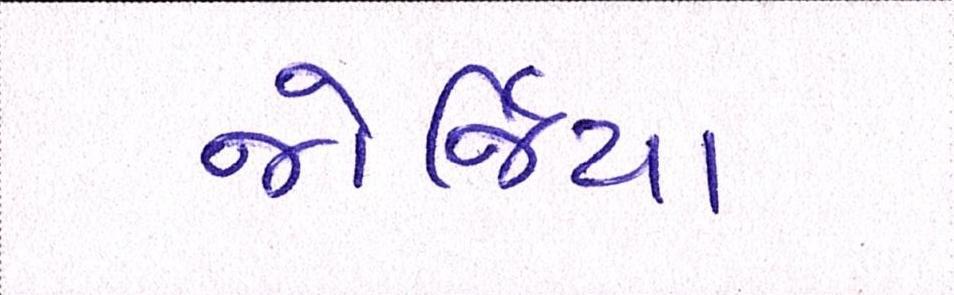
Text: જોર્જિયા